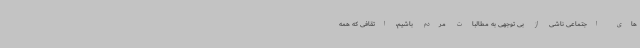
های اجتماعی ناشی از بی توجهی به مطالبات مردم باشیم، اتقافی که همه